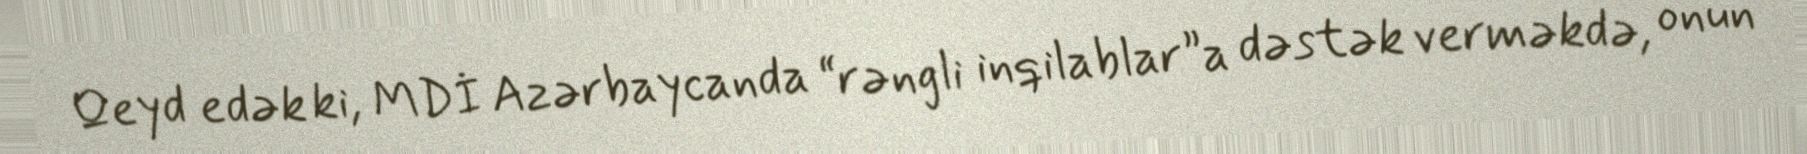
Qeyd edək ki, MDİ Azərbaycanda “rəngli inqilablar”a dəstək verməkdə, onun